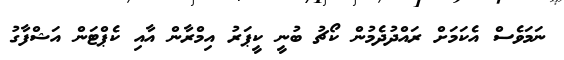
ނަމަވެސް އެކަމަށް ރައްދުދެމުން ކޯޗު ބުނީ ކީޕަރު އިމްރާން އާއި ކެޕްޓަން އަޝްފާގު